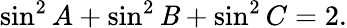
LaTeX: \displaystyle\sin^{2}{A}+\sin^{2}{\mathit{B}}+\sin^{2}{C}=2.